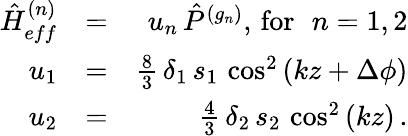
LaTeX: \begin{array}{rlr}{{\hat{H}}_{eff}^{(n)}}&{=}&{u_{n}\, {\hat{P}}^{(g_{n})},\, \mathrm{for}\, \, \; n=1,2}\\ {u_{1}}&{=}&{\frac{8}{3}\, \delta_{1}\, s_{1}\, \cos^{2}\left(kz+\Delta\phi\right)}\\ {u_{2}}&{=}&{\frac{4}{3}\, \delta_{2}\, s_{2}\, \cos^{2}\left(kz\right)\, .}\end{array}